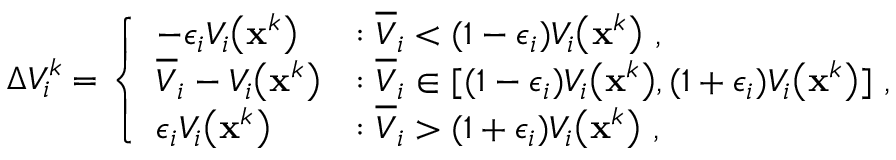
\Delta V _ { i } ^ { k } = \left\{ \begin{array} { l l } { - \epsilon _ { i } V _ { i } \big ( \mathbf { x } ^ { k } \big ) } & { : \overline { { V } } _ { i } < ( 1 - \epsilon _ { i } ) V _ { i } \big ( \mathbf { x } ^ { k } \big ) \mathrm { ~ , ~ } } \\ { \overline { { V } } _ { i } - V _ { i } \big ( \mathbf { x } ^ { k } \big ) } & { : \overline { { V } } _ { i } \in [ ( 1 - \epsilon _ { i } ) V _ { i } \big ( \mathbf { x } ^ { k } \big ) , ( 1 + \epsilon _ { i } ) V _ { i } \big ( \mathbf { x } ^ { k } \big ) ] \mathrm { ~ , ~ } } \\ { \epsilon _ { i } V _ { i } \big ( \mathbf { x } ^ { k } \big ) } & { : \overline { { V } } _ { i } > ( 1 + \epsilon _ { i } ) V _ { i } \big ( \mathbf { x } ^ { k } \big ) \mathrm { ~ , ~ } } \end{array} \right.